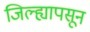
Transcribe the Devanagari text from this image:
जिल्ह्यापसून